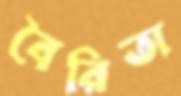
বৈরিতা